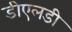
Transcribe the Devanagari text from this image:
डीएलडी